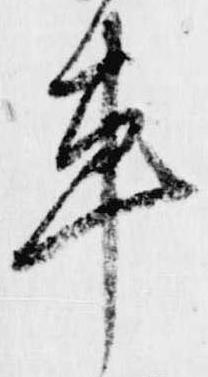
車